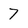
Character: 7